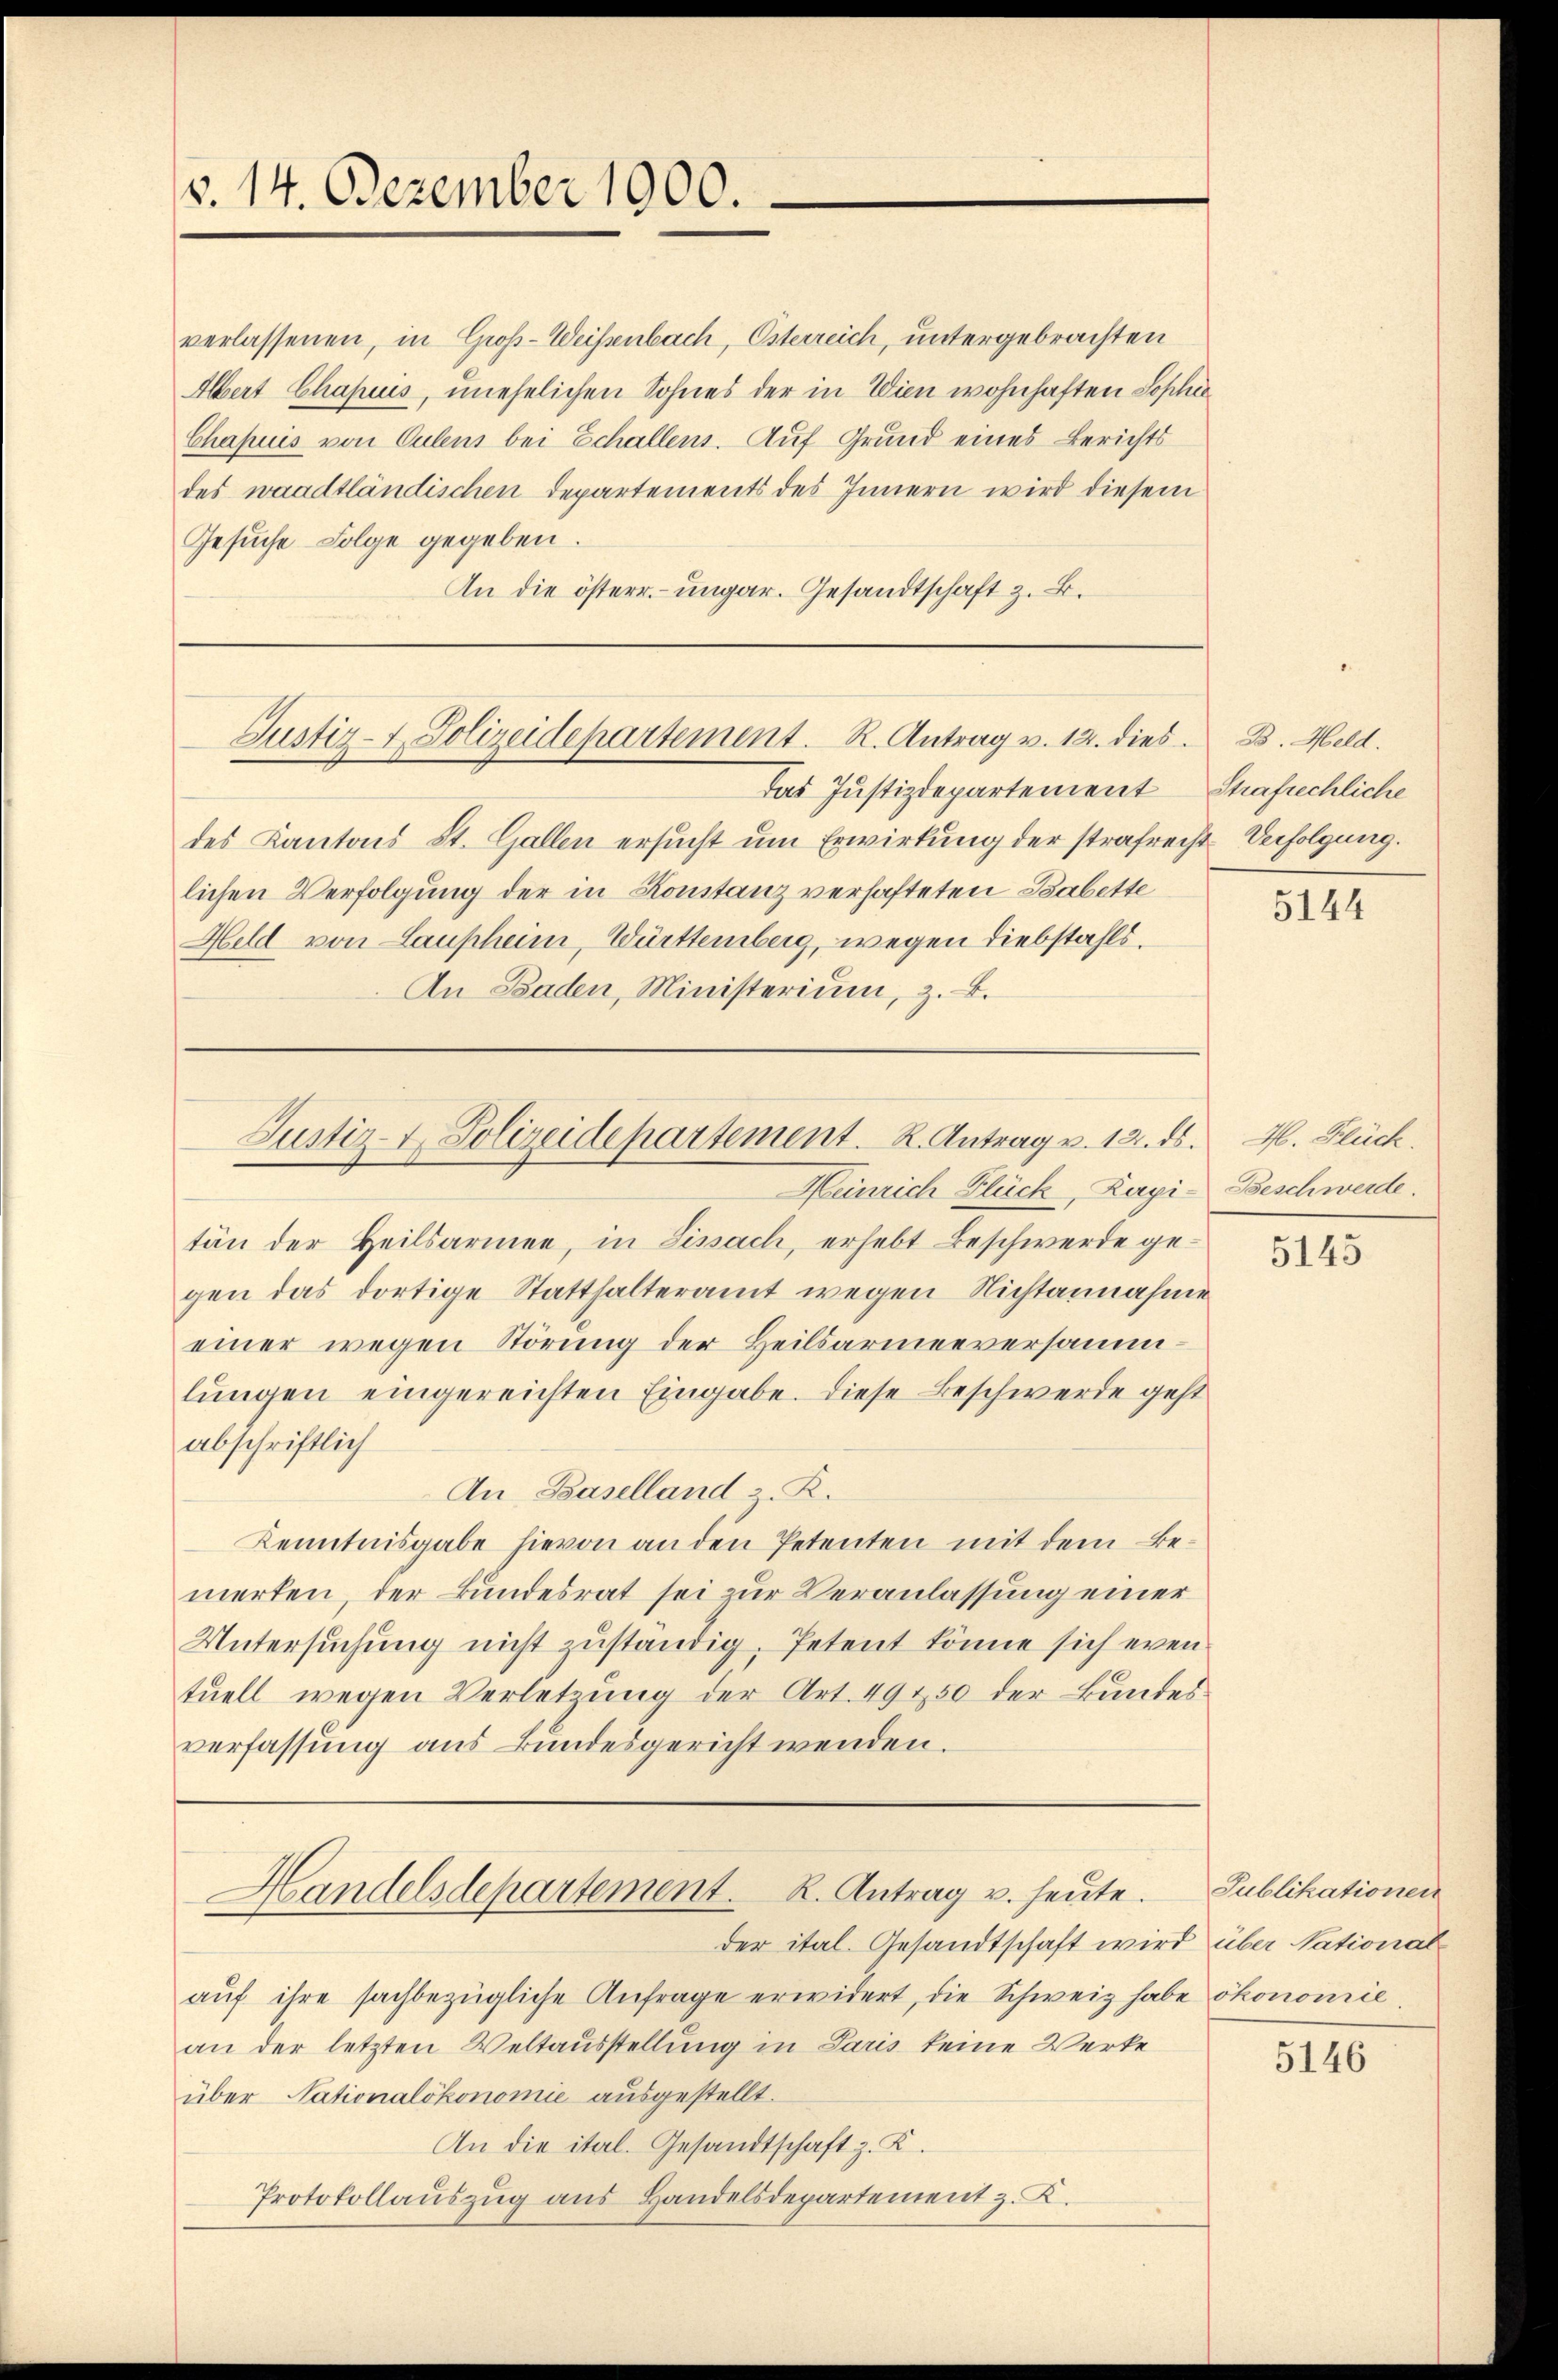
v. 14. Dezember 1900.

verlassenen, in Groß-Weisenbach, Osterreich, untergebrachten
Albert Chapis, unehelichen Sohnes der in Wien wohnhaften Sophie
Chapuis von Culens bei Echallens. Auf Grund eines Berichts
des waadtländischen Departements des Innern wird diesem
Gesuche Folge gegeben.
An die österr. ungar. Gesandtschaft z. B.

das Justizdepartement
des Kantons St. Gallen ersucht um Erwirkung der strafrecht. Verfolgung.
lichen Verfolgung der in Konstanz verhafteten Babette
Held von Laupheim, Württemberg, wegen Diebstahls.
An Baden, Ministerium, z. B.

Justiz- & Polizeidepartement. R. Antrag v. 12. dies. B. Meld.

Justiz- & Polizeidepartement. R. Antrag v. 12. ds.

Heinrich Flück, Kapi- Beschwerde.
tän der Heilsarmen, in Fissach, erhebt Beschwerde gegen das dortige Statthalteramt wegen Nichtannahme
einer wegen Störung der Heilsarmenversammlungen eingereichten Eingabe. Diese Beschwerde geht
abschriftlich
An Baselland z. R.
Kenntnisgabe hievon an den Petenten mit dem Bemerten, der Bundesrat sei zur Veranlassung einer
Untersŭchŭng nicht zŭständig. Petent könne sich even-
tuell wegen Verletzung der Art. 49 450 der Bundesverfassung aus Bundesgericht wenden.

Handelsdepartement. R. Antrag u. heute.

Strafrechliche

der ital. Gesandtschaft wird über National-
aŭf ihre sachbezügliche Anfrage erwidert, die Schweiz habe ökonomie
an der letzten Weltausstellung in Paris keine Werkeüber Nationalökonomie ausgestellt.
An die ital. Gesandtschaft z. K.
Protokollaŭszŭg ans Handelsdepartement z. K.

5144

M. Flück.

5145

Publikationen

5146